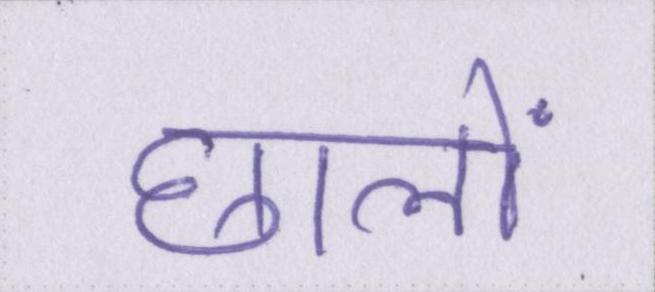
छालों